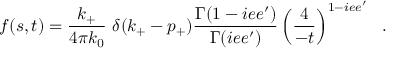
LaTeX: f ( s , t ) = { \frac { k _ { + } } { 4 \pi k _ { 0 } } } ~ { \delta ( k _ { + } - p _ { + } ) } { \frac { \Gamma ( 1 - i e e ^ { \prime } ) } { \Gamma ( i e e ^ { \prime } ) } } \left( \frac { 4 } { - t } \right) ^ { 1 - i e e ^ { \prime } } ~ ~ .